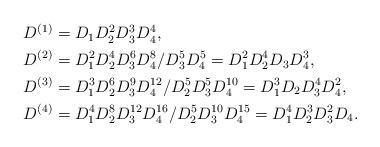
LaTeX: \begin{align*}\begin{aligned}D^{(1)} &= D_1D_2^2D_3^3D_4^4, \\D^{(2)} &= D_1^2D_2^4D_3^6D_4^8/D_3^5D_4^5=D_1^2D_2^4D_3D_4^3, \\D^{(3)} &= D_1^3D_2^6D_3^9D_4^{12}/D_2^5D_3^5D_4^{10}=D_1^3D_2D_3^4D_4^2, \\D^{(4)} &= D_1^4D_2^8D_3^{12}D_4^{16}/D_2^5D_3^{10}D_4^{15}=D_1^4D_2^3D_3^2D_4.\end{aligned}\end{align*}